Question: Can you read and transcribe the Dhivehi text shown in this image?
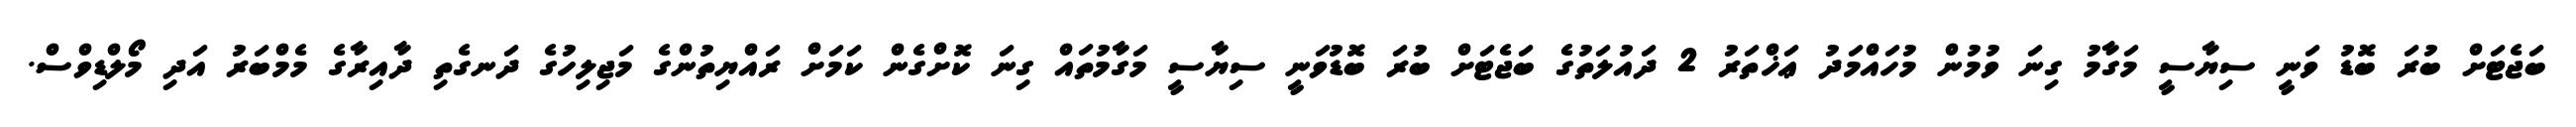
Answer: ބަޖެޓަށް ބުރަ ބޮޑު ވަނީ ސިޔާސީ މަގާމު ގިނަ ވުމުން މުހައްމަދު ޢަޚްތަރު 2 ދައުލަތުގެ ބަޖެޓަށް ބުރަ ބޮޑުވަނީ ސިޔާސީ މަގާމުތައް ގިނަ ކޮށްގެން ކަމަށް ރައްޔިތުންގެ މަޖިލިހުގެ ދަނގެތި ދާއިރާގެ މެމްބަރު އަދި މޯލްޑިވްސް.